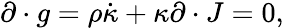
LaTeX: \partial\cdot g=\rho\dot{\kappa}+\kappa\partial\cdot J=0,